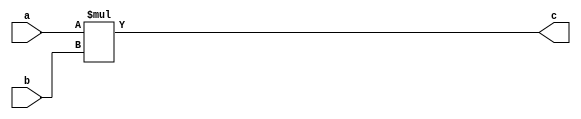
`timescale 1ns / 1ps
//////////////////////////////////////////////////////////////////////////////////
// Company: 
// Engineer: 
// 
// Design Name: 
// Module Name: Mult
// Project Name: 
// Target Devices: 
// Tool Versions: 
// Description: 
// 
// Dependencies: 
// 
// Revision:
// Revision 0.01 - File Created
// Additional Comments:
// 
//////////////////////////////////////////////////////////////////////////////////


module Mult#(
    parameter BITWIDTH = 8
    )
    (
    input signed [BITWIDTH-1:0] a,
    input signed [BITWIDTH-1:0] b,
    output signed [BITWIDTH * 2 - 1:0] c
    );
    
    assign c = a * b;
    //assign c = 1;
    
endmodule